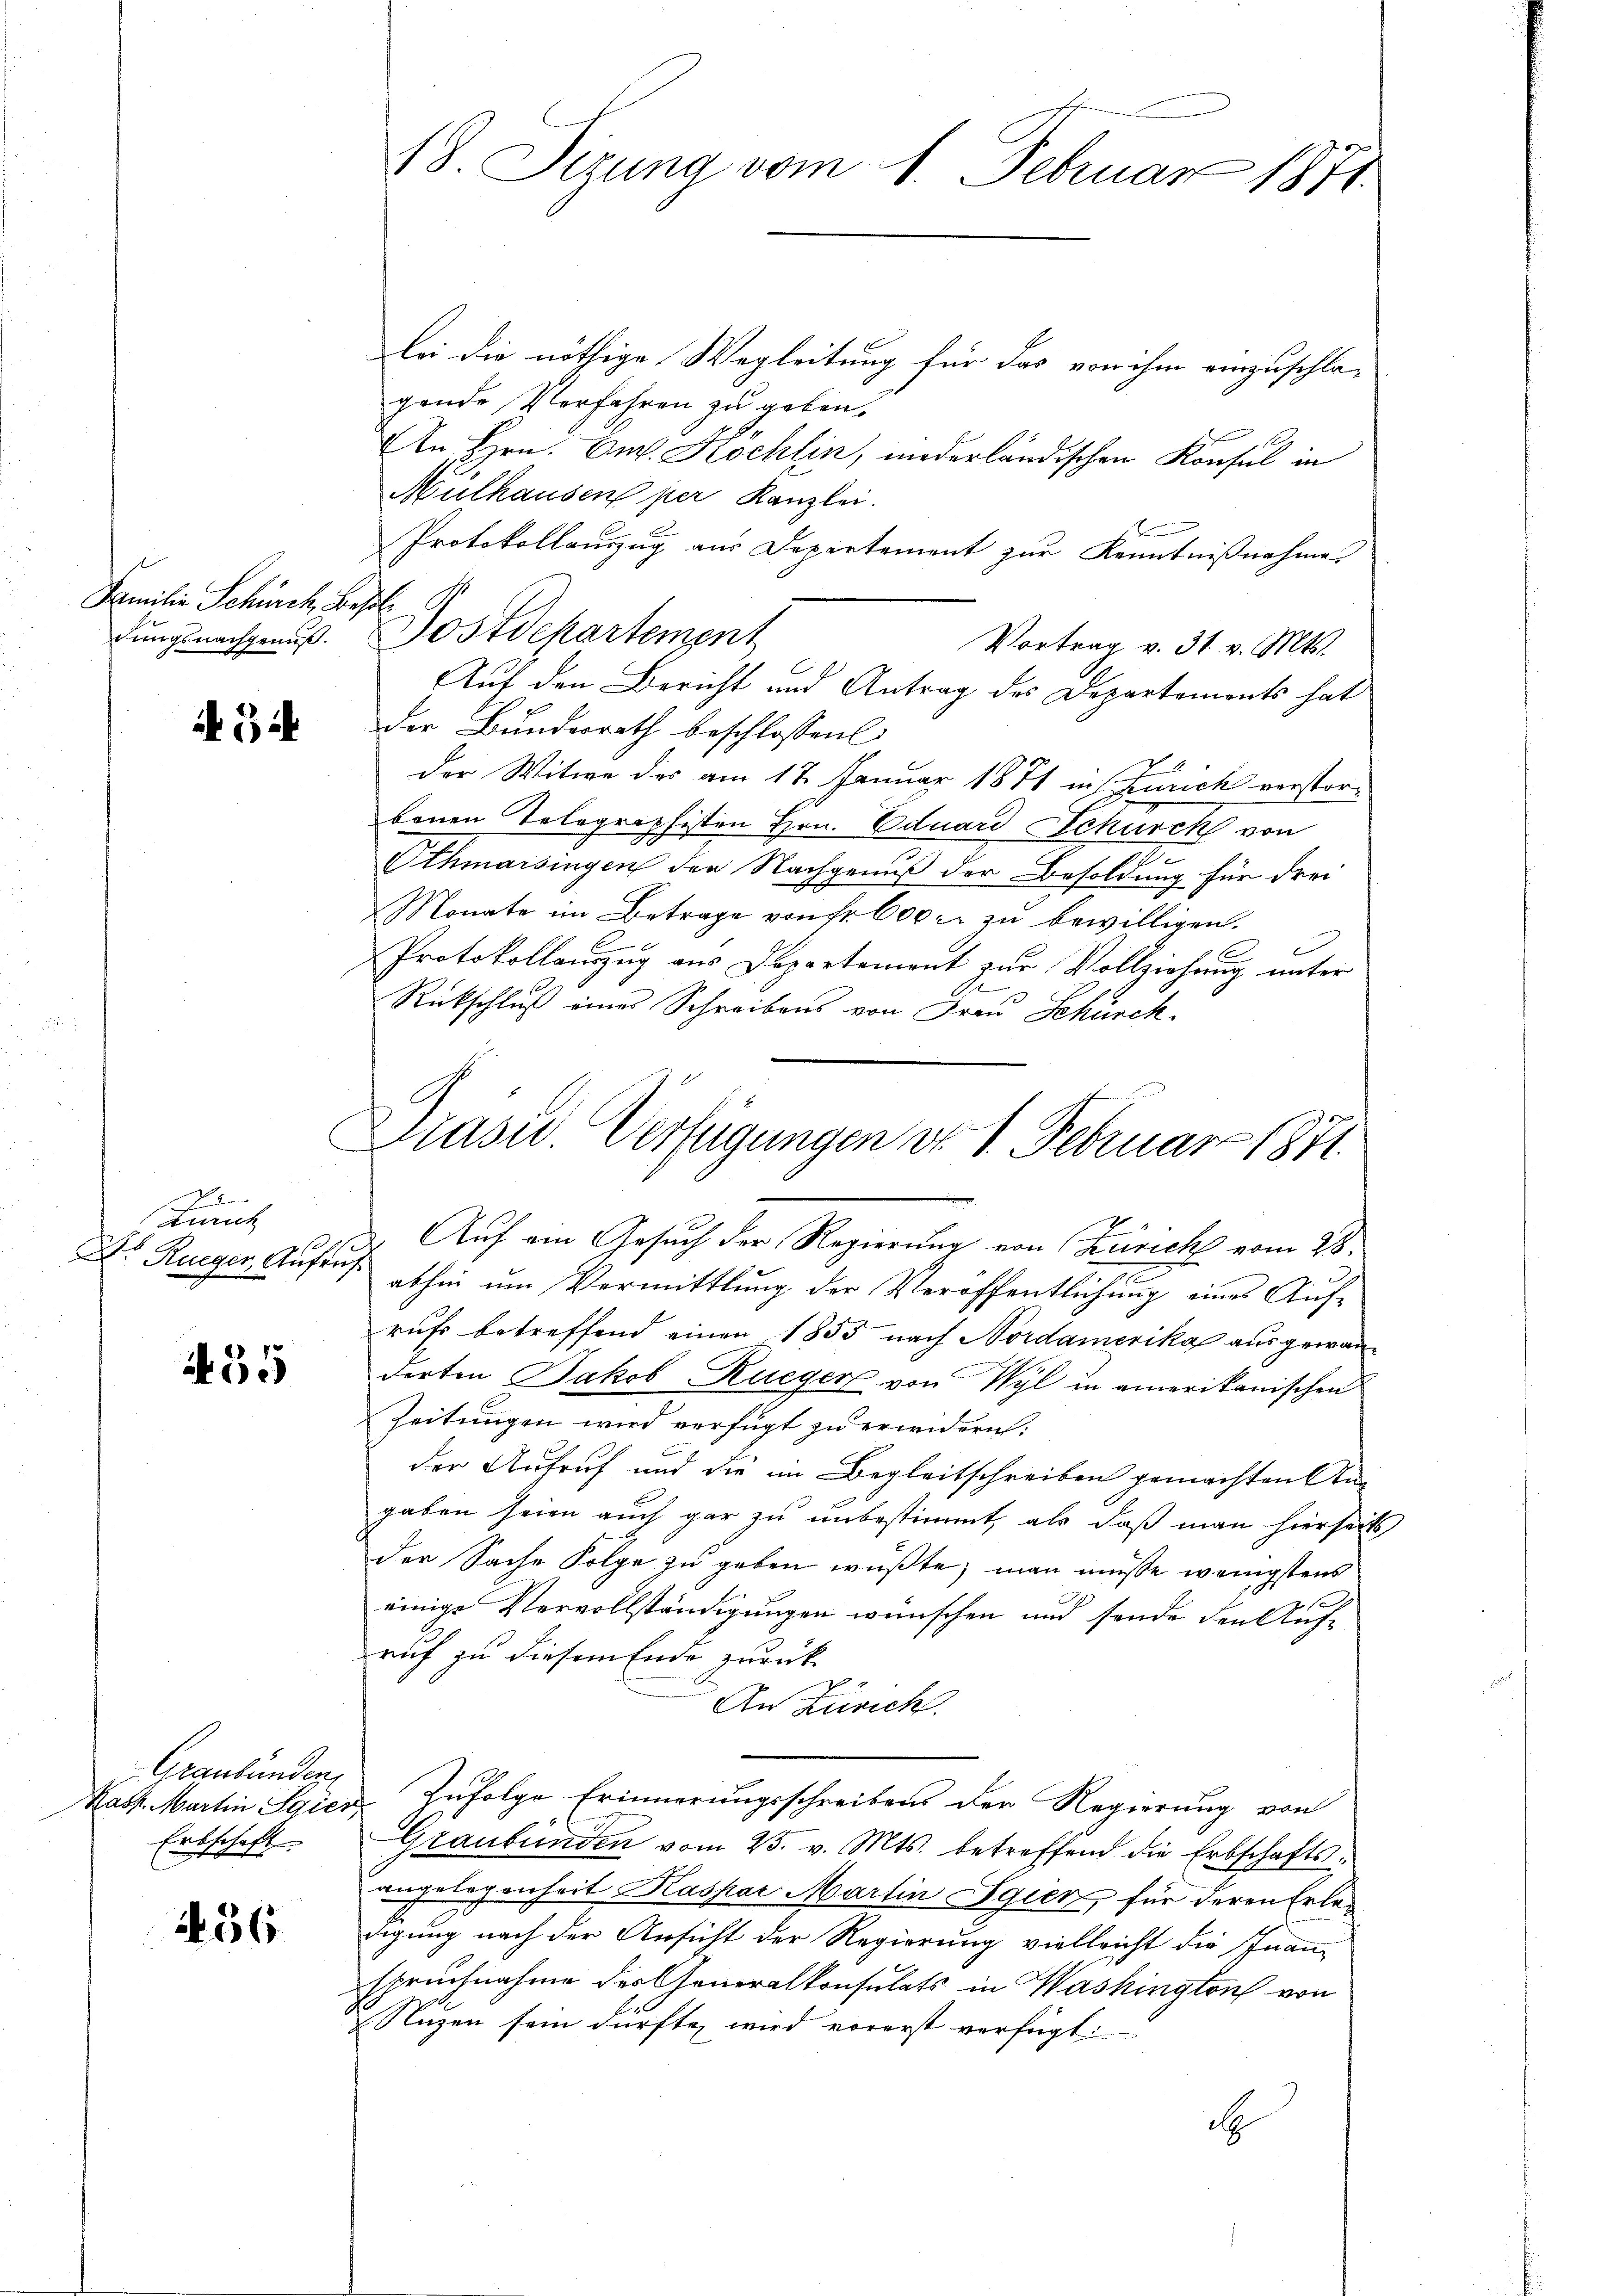
Familie Schürch. Basle
dungsnachgenuß.

3

e
inrich
Dr. Rueger, Aufruf

455

Graubünden
Kasp. Martin Sgier
Erbschaft

456

bei die nöthige Wegleitung für das von ihm einzuschlagende Verfahren zu geben.
In Hrn. Cur. Köchlin, niederländischen Konsul in
Mülhausen per Kanzlei.
Protokollauszug aus Departement zur Kenntnißnahme.
Postdepartement
Vortrag v. 31. v. Mts.
Auf den Bericht und Antrag des Departements hat
der Bundesrath beschlossen
der Witwe des am 17. Januar 1871 in Zürich verstor-
benen Telegraphisten Hrn. Eduard Schürck von
Othmarsingen der Nachgenuß der Besoldung für drei
Monate im Betrage von Fr. 600 r. zu bewilligen.
B
E
Protokollauszug aus Departement zur Vollziehung unter
Rückschluß eines Schreibens von Frau Schürch.

18. Sizung vom 1. Februar 1871.

Krase Verfügungen d. 1. Februar 1871.

2
Auf ein Gesuch der Regierung von Zürich vom 21.
n
2
abhin um Vermittlung der Veröffentlichung eines Aufrufs betreffend einer 1855 nach Nordamerika aus gewanderten Jakob, Rueger von Wyl in amerikanischen
Zeitungen wird verfügt zu erwidern:
der Aufruf und die im Begleitschreiben gemachten Angaben seien auch gar zu unbestimmt, als daß man hierseits
der Sache Folge zu geben wüßte; man müsse wenigstens
2
einige Vervollständigungen wünschen und sende den Aufruf zu diesem Ende zurück¬
An Zürich.
u. Zufolge Erinnerungsschreibens der Regierung von
Graubünden vom 25. v. Mts. betreffend die Erbschaftsangelegenheit Kaspar Martin Egien, für deren Erledigung nach der Ansicht der Regierung vielleicht die Inanspruchnahme des Generalkonsulats in Washington von
Nuzen sein dürfte, wird vorerst verfügt:
i